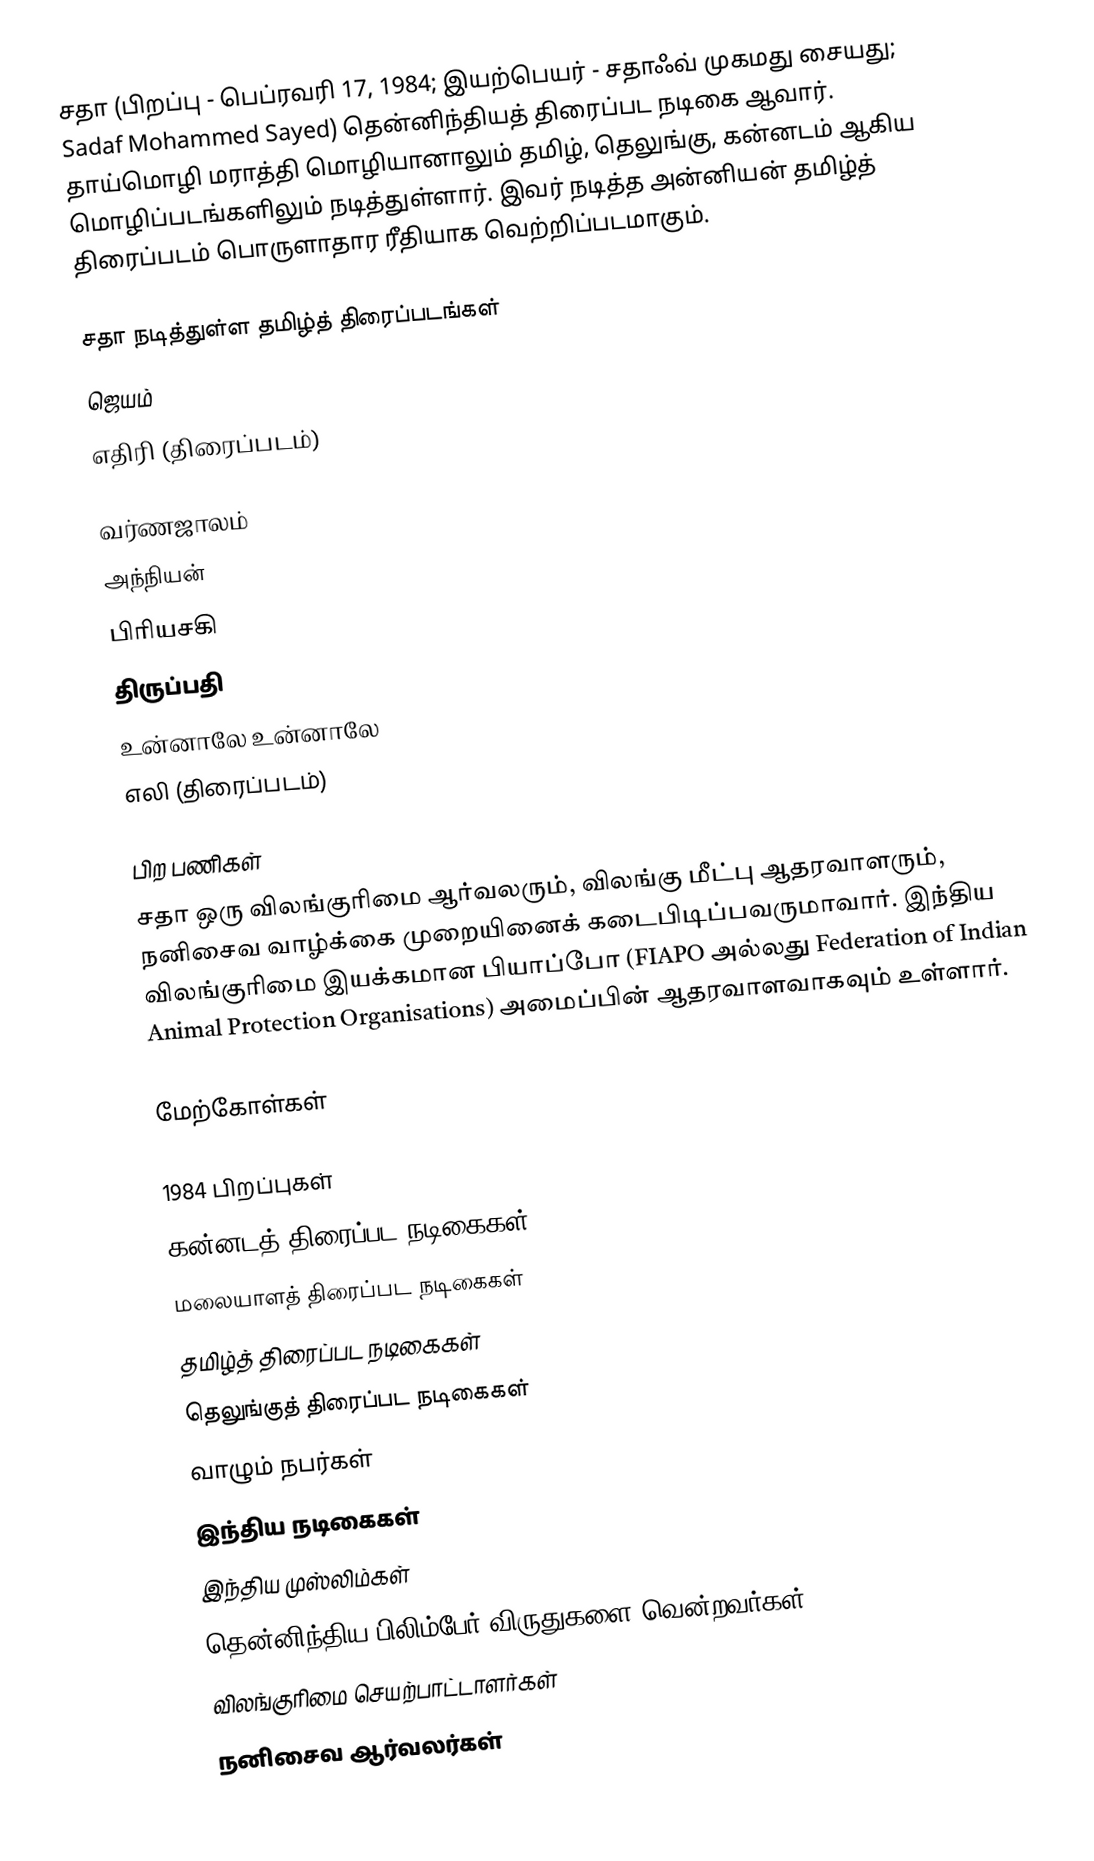
சதா (பிறப்பு - பெப்ரவரி 17, 1984; இயற்பெயர் - சதாஃவ் முகமது சையது; Sadaf Mohammed Sayed) தென்னிந்தியத் திரைப்பட நடிகை ஆவார். தாய்மொழி மராத்தி மொழியானாலும் தமிழ், தெலுங்கு, கன்னடம் ஆகிய மொழிப்படங்களிலும் நடித்துள்ளார். இவர் நடித்த அன்னியன் தமிழ்த் திரைப்படம் பொருளாதார ரீதியாக வெற்றிப்படமாகும்.

சதா நடித்துள்ள தமிழ்த் திரைப்படங்கள்
 ஜெயம்
 எதிரி (திரைப்படம்)

 வர்ணஜாலம்
 அந்நியன்
 பிரியசகி
 திருப்பதி
 உன்னாலே உன்னாலே
 எலி (திரைப்படம்)

பிற பணிகள்
சதா ஒரு விலங்குரிமை ஆர்வலரும், விலங்கு மீட்பு ஆதரவாளரும், நனிசைவ வாழ்க்கை முறையினைக் கடைபிடிப்பவருமாவார். இந்திய விலங்குரிமை இயக்கமான பியாப்போ (FIAPO அல்லது Federation of Indian Animal Protection Organisations) அமைப்பின் ஆதரவாளவாகவும் உள்ளார்.

மேற்கோள்கள்

1984 பிறப்புகள்
கன்னடத் திரைப்பட நடிகைகள்
மலையாளத் திரைப்பட நடிகைகள்
தமிழ்த் திரைப்பட நடிகைகள்
தெலுங்குத் திரைப்பட நடிகைகள்
வாழும் நபர்கள்
இந்திய நடிகைகள்
இந்திய முஸ்லிம்கள்
தென்னிந்திய பிலிம்பேர் விருதுகளை வென்றவர்கள்
விலங்குரிமை செயற்பாட்டாளர்கள்
நனிசைவ ஆர்வலர்கள்